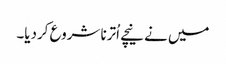
میں نے نیچے اُترنا شروع کردیا۔